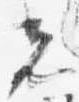
光